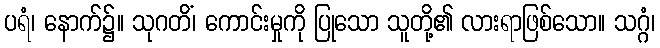
ပရံ၊ နောက်၌။ သုဂတိံ၊ ကောင်းမှုကို ပြုသော သူတို့၏ လားရာဖြစ်သော။ သဂ္ဂံ၊